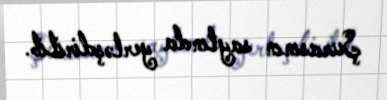
Şurasının saytında yerləşdirilib.